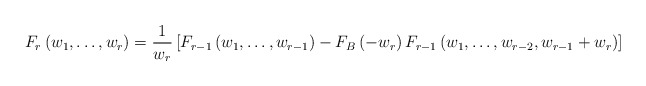
\begin{align*}F_{r}\left(w_{1},\dots,w_{r}\right)=\frac{1}{w_{r}} \left[F_{r-1}\left(w_{1},\dots,w_{r-1}\right)- F_{B}\left(-w_{r}\right)F_{r-1}\left(w_{1},\dots,w_{r-2},w_{r-1}+w_{r}\right) \right]\end{align*}